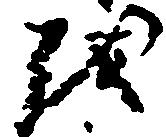
越